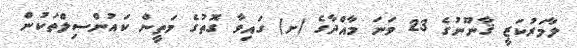
ލާމަރުކަޒީ ޤާނޫނުގެ 23 ވަނަ މާއްދާގެ (ށ) ގައިވާ ގޮތުގެ މަތީން ކައުންސިލްތަކުން